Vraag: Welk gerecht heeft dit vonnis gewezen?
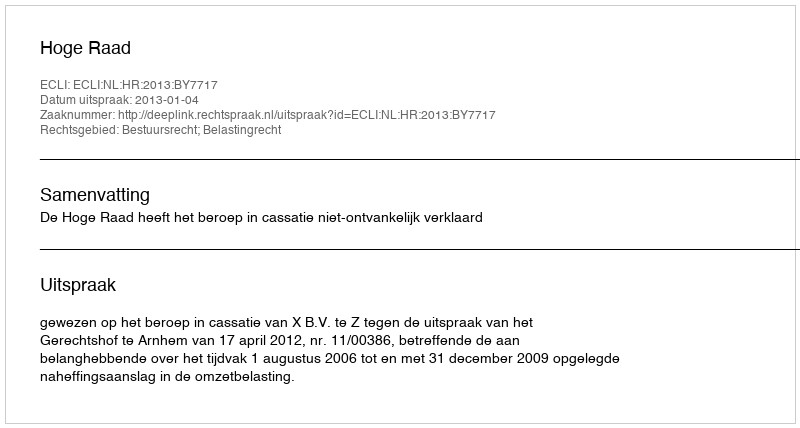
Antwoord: Hoge Raad